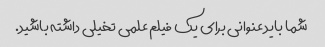
شما باید عنوانی برای یک فیلم علمی تخیلی داشته باشید.